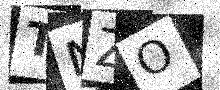
Text: TNZO